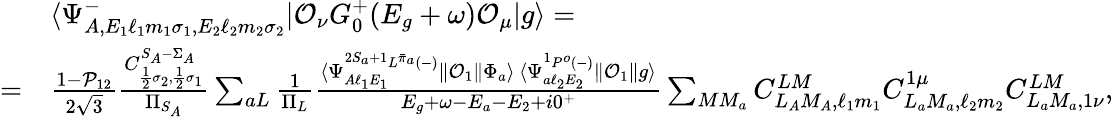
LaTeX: \begin{array}{rl}&{\langle\Psi_{A,E_{1}\ell_{1}m_{1}\sigma_{1},E_{2}\ell_{2}m_{2}\sigma_{2}}^{-}|\mathcal{O}_{\nu}G_{0}^{+}(E_{g}+\omega)\mathcal{O}_{\mu}|g\rangle=}\\ {=}&{\frac{1-\mathcal{P}_{12}}{2\sqrt{3}}\frac{C_{\frac{1}{2}\sigma_{2},\frac{1}{2}\sigma_{1}}^{S_{A}-\Sigma_{A}}}{\Pi_{S_{A}}}\sum_{aL}\frac{1}{\Pi_{L}}\frac{\langle\Psi_{A\ell_{1}E_{1}}^{^{2S_{a}+1}L^{\bar{\pi}_{a}}(-)}\| \mathcal{O}_{1}\| \Phi_{a}\rangle\, \langle\Psi_{a\ell_{2}E_{2}}^{{^1P^{o}}(-)}\| \mathcal{O}_{1}\| g\rangle}{E_{g}+\omega-E_{a}-E_{2}+i0^{+}}\sum_{MM_{a}}C_{L_{A}M_{A},\ell_{1}m_{1}}^{LM}C_{L_{a}M_{a},\ell_{2}m_{2}}^{1\mu}C_{L_{a}M_{a},1\nu}^{LM},}\end{array}